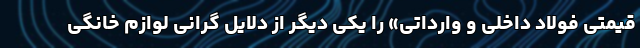
قیمتی فولاد داخلی و وارداتی» را یکی دیگر از دلایل گرانی لوازم خانگی